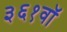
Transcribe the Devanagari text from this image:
३६१वॉ